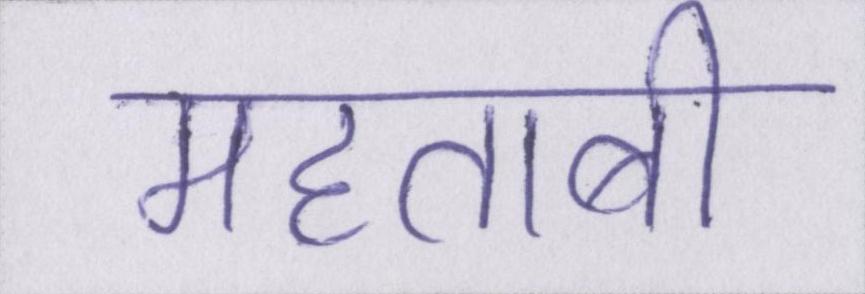
महताबी